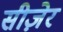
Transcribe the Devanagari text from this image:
सीज़ेर